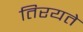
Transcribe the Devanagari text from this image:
तिरयते